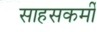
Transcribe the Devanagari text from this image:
साहसकर्मी